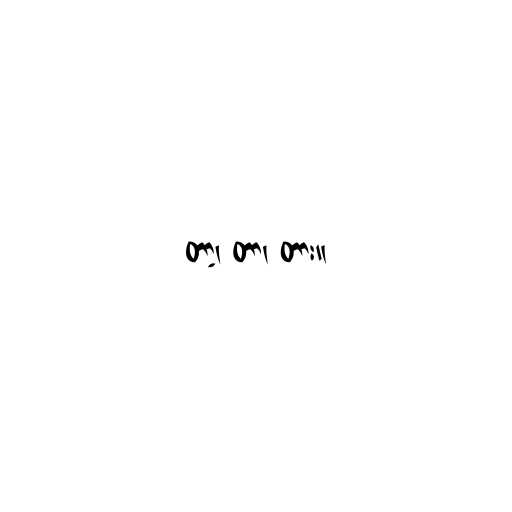
တာ့၊ တာ၊ တား။